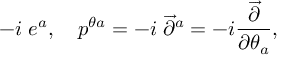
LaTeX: - i \; e ^ { a } , \quad p ^ { \theta a } = - i \; \overrightarrow { \partial } ^ { a } = - i \frac { \overrightarrow { \partial } } { \partial \theta _ { a } } ,